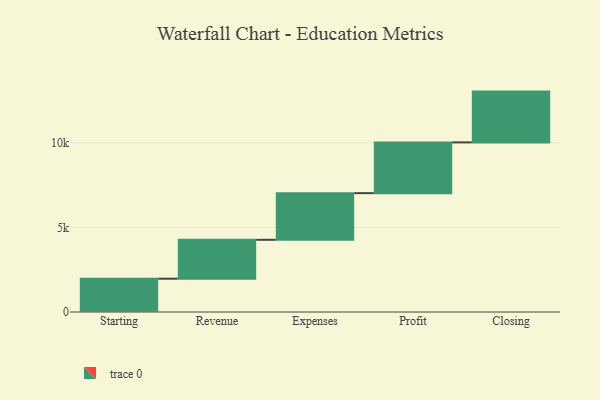
{"axis": {"x": "Step", "y": "Value"}, "legend": [""], "data": [{"x": "Starting", "y": 1967.0, "type": ""}, {"x": "Revenue", "y": 2298.0, "type": ""}, {"x": "Expenses", "y": 2756.0, "type": ""}, {"x": "Profit", "y": 2999.0, "type": ""}, {"x": "Closing", "y": 3000, "type": ""}]}